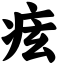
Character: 痃